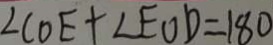
\angle C O E + \angle E O D = 1 8 0